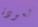
لعودة